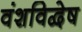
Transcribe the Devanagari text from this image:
वंशविद्वेष